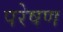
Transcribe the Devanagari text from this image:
परेषण